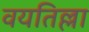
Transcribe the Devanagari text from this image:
वयतिल्ला